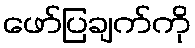
ဖော်ပြချက်ကို